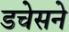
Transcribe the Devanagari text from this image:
डचेसने